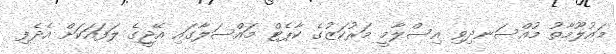
މައުލޫމާތު މުއްސަނދިވި އިސްލާމީ މަރުކަޒުގެ ކާޕެޓް މައްސަލާގައި އޭޖީގެ ލަފައަކަށް އެދެފި